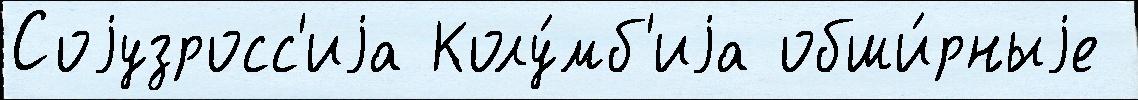
Соjузросс'иjа Колу́мб'иjа обши́рныjе